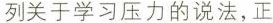
列关于学习压力的说法，正